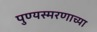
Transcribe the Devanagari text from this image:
पुण्यस्मरणाच्या